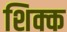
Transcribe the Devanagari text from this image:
शिक्क